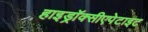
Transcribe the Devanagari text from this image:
हाइड्रॉक्सीएपेटाइट